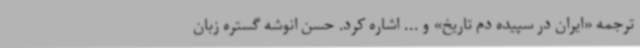
ترجمه «ایران در سپیده دم تاریخ» و ... اشاره کرد. حسن انوشه گستره زبان